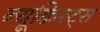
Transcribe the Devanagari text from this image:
न्यूक्विस्ट्स